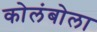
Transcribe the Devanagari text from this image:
कोलंबोला